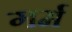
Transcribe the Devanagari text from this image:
गर्म